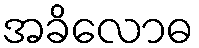
အခိလောဓ